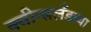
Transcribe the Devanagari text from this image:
क्वीन्सलँडच्या